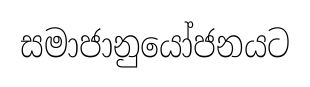
සමාජානුයෝජනයට